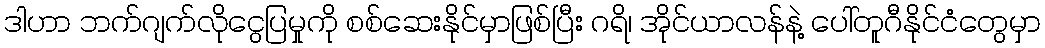
ဒါဟာ ဘက်ဂျက်လိုငွေပြမှုကို စစ်ဆေးနိုင်မှာဖြစ်ပြီး ဂရိ၊ အိုင်ယာလန်နဲ့ ပေါ်တူဂီနိုင်ငံတွေမှာ